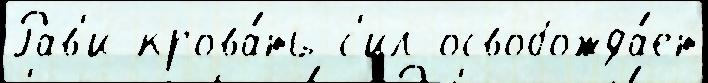
Рав'и крова́ть с'ил освобожда́ет